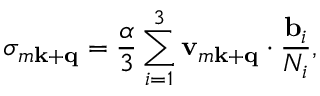
\sigma _ { m \mathbf k + \mathbf q } = \frac { \alpha } { 3 } \sum _ { i = 1 } ^ { 3 } { \bf v } _ { m \mathbf k + \mathbf q } \cdot \frac { { \bf b } _ { i } } { N _ { i } } ,